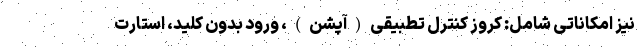
نیز امکاناتی شامل: کروز کنترل تطبیقی(آپشن)، ورود بدون کلید، استارت